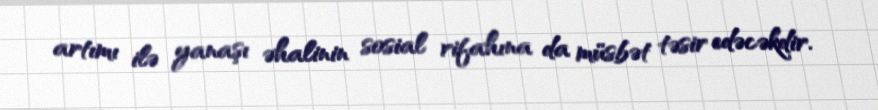
artımı ilə yanaşı əhalinin sosial rifahına da müsbət təsir edəcəkdir.